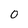
Character: 0